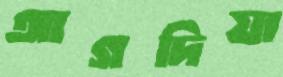
আগদিয়া